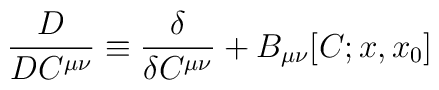
\frac{D}{DC^{\mu\nu}} \equiv \frac{\delta}{\delta C^{\mu\nu}}+ B_{\mu\nu}[C; x, x_0]